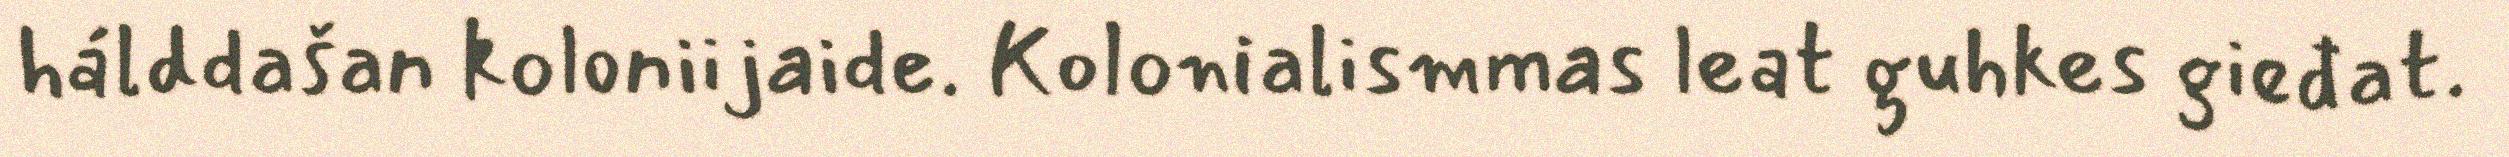
hálddašan koloniijaide. Kolonialismmas leat guhkes gieđat.